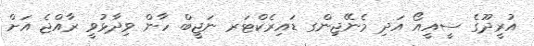
އުރީދޫގެ ސީއީއޯ އަދި މެނޭޖިންގ ޑައިރެކްޓަރ ނަޖީބް ހާން ވިދާޅުވީ ރާއްޖެ އަށް